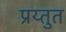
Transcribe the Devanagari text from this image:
प्रय्तुत